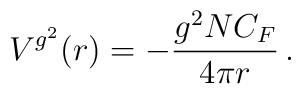
V^{g^2}(r)=  -\frac{g^2 N C_F}{4\pi r}  \,.